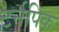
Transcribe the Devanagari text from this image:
टर्नपिक